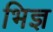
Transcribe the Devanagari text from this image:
भिज्ञ